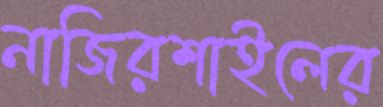
নাজিরশাইলের